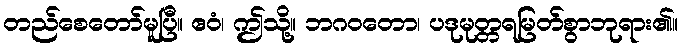
တည်စေတော်မူပြီ။ ဧဝံ၊ ဤသို့။ ဘဂဝတော၊ ပဒုမုတ္တရမြတ်စွာဘုရား၏။